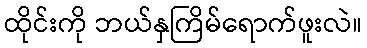
ထိုင်းကို ဘယ်နှကြိမ်ရောက်ဖူးလဲ။